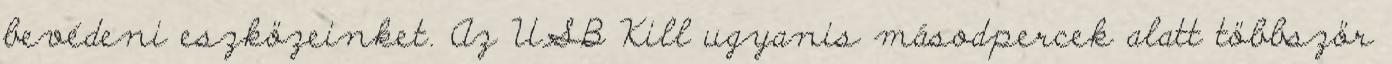
bevédeni eszközeinket. Az USB Kill ugyanis másodpercek alatt többször